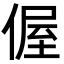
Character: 偓